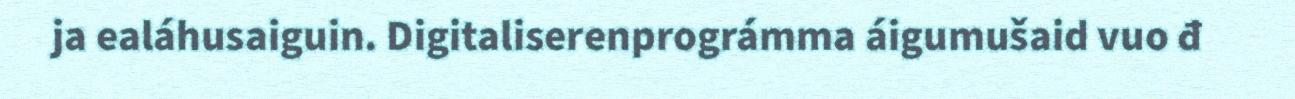
ja ealáhusaiguin. Digitaliserenprográmma áigumušaid vuo đ